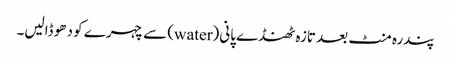
پندرہ منٹ بعد تازہ ٹھنڈے پانی(water) سے چہرے کو دھو ڈالیں۔